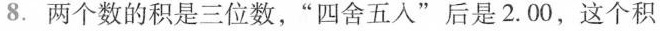
8.两个数的积是三位数，”四舍五入”后是2.00，这个积